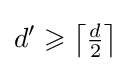
d'\geqslant \left\lceil {\tfrac {d}{2}}\right\rceil